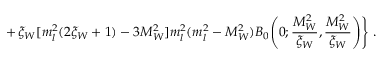
+ \, \xi _ { W } [ m _ { l } ^ { 2 } ( 2 \xi _ { W } + 1 ) - 3 M _ { W } ^ { 2 } ] m _ { l } ^ { 2 } ( m _ { l } ^ { 2 } - M _ { W } ^ { 2 } ) B _ { 0 } \Bigg ( 0 ; \frac { M _ { W } ^ { 2 } } { \xi _ { W } } , \frac { M _ { W } ^ { 2 } } { \xi _ { W } } \Bigg ) \Bigg \} \ .